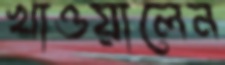
খাওয়ালেন